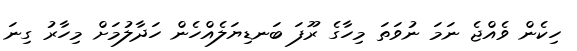
ހިކެން ވެއްޖެ ނަމަ ނުވަތަ މިހާގެ ރޫފަ ބަނޑިޔަލެއްހެން ހަދާލުމަށް މިހާރު ގިނަ